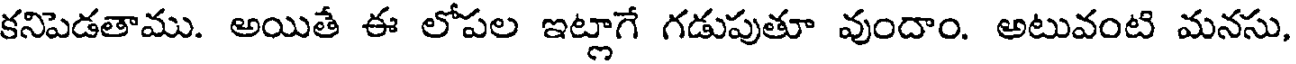
కనిపెడతాము. అయితే ఈ లోపల ఇట్లాగే గడుపుతూ వుందాం. అటువంటి మనసు,